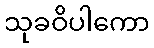
သုခဝိပါကော